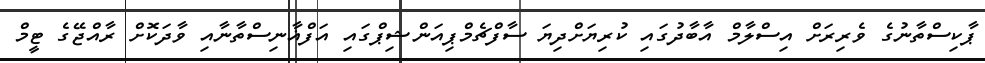
ޕާކިސްތާނުގެ ވެރިރަށް އިސްލާމް އާބާދުގައި ކުރިޔަށްދިޔަ ސާފްޗެމްޕިއަންޝިޕްގައި އަފްޣާނިސްތާނާއި ވާދަކޮށް ރާއްޖޭގެ ޓީމް